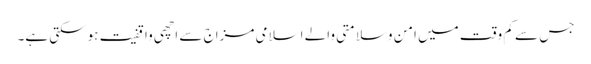
جس سے کم وقت میں امن وسلامتی والے اسلامی مزاج سے اچھی واقفیت ہوسکتی ہے۔